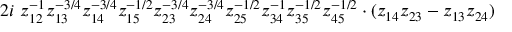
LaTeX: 2 i \ z _ { 1 2 } ^ { - 1 } z _ { 1 3 } ^ { - 3 / 4 } z _ { 1 4 } ^ { - 3 / 4 } z _ { 1 5 } ^ { - 1 / 2 } z _ { 2 3 } ^ { - 3 / 4 } z _ { 2 4 } ^ { - 3 / 4 } z _ { 2 5 } ^ { - 1 / 2 } z _ { 3 4 } ^ { - 1 } z _ { 3 5 } ^ { - 1 / 2 } z _ { 4 5 } ^ { - 1 / 2 } \cdot ( z _ { 1 4 } z _ { 2 3 } - z _ { 1 3 } z _ { 2 4 } )